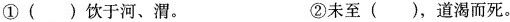
① ( ) 饮于河、渭。 ②未至 ( )，道渴而死。